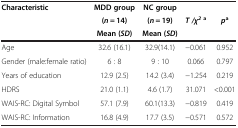
| <ROWSPAN=3> Characteristic | MDD group | NC group |  |  |
 | (n = 14) | (n = 19) | T /χ2 a | pa |
 | Mean ( SD ) | Mean ( SD ) |  |  |
 | --- | --- | --- | --- | --- |
 | Age | 32.6 (16.1) | 32.9(14.1) | −0.061 | 0.952 |
 | Gender (male:female ratio) | 6 : 8 | 9 : 10 | 0.066 | 0.797 |
 | Years of education | 12.9 (2.5) | 14.2 (3.4) | −1.254 | 0.219 |
 | HDRS | 21.0 (1.1) | 4.6 (1.7) | 31.071 | <0.001 |
 | WAIS-RC: Digital Symbol | 57.1 (7.9) | 60.1(13.3) | −0.819 | 0.419 |
 | WAIS-RC: Information | 16.8 (4.9) | 17.7 (3.5) | −0.571 | 0.572 |